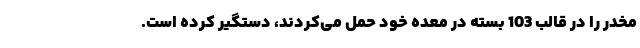
مخدر را در قالب 103 بسته در معده خود حمل می‌کردند، دستگیر کرده است.